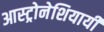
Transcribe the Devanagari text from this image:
आस्ट्रोनेशियायी